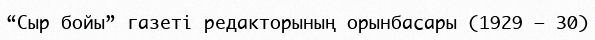
“Сыр бойы” газеті редакторының орынбасары (1929 – 30)